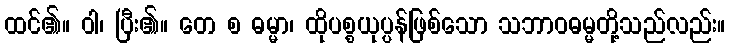
ထင်၏။ ဝါ၊ ပြီး၏။ တေ စ ဓမ္မာ၊ ထိုပစ္စယုပ္ပန်ဖြစ်သော သဘာဝဓမ္မတို့သည်လည်း။